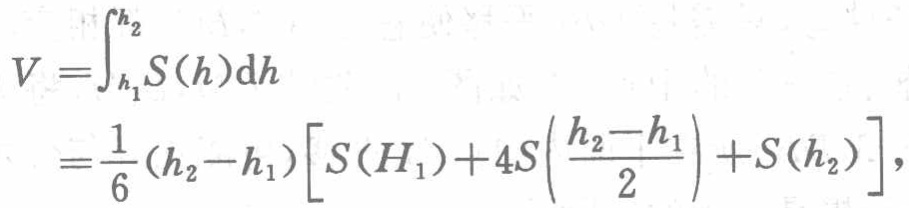
\[
\begin{align*}
V&=\int_{h_1}^{h_2}S(h)\mathrm{d}h\\
&=\frac{1}{6}(h_2 - h_1)\left[S(H_1)+4S\left(\frac{h_2 - h_1}{2}\right)+S(h_2)\right],
\end{align*}
\]